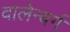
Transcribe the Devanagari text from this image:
वालेन्बर्ग